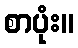
စာပုံး။